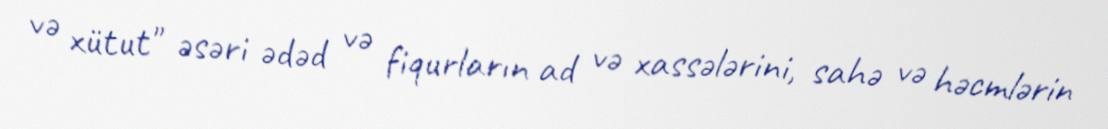
və xütut" əsəri ədəd və fiqurların ad və xassələrini, sahə və həcmlərin